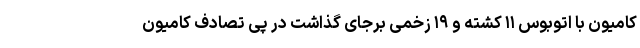
کامیون با اتوبوس ۱۱ کشته و ۱۹ زخمی برجای گذاشت در پی تصادف کامیون